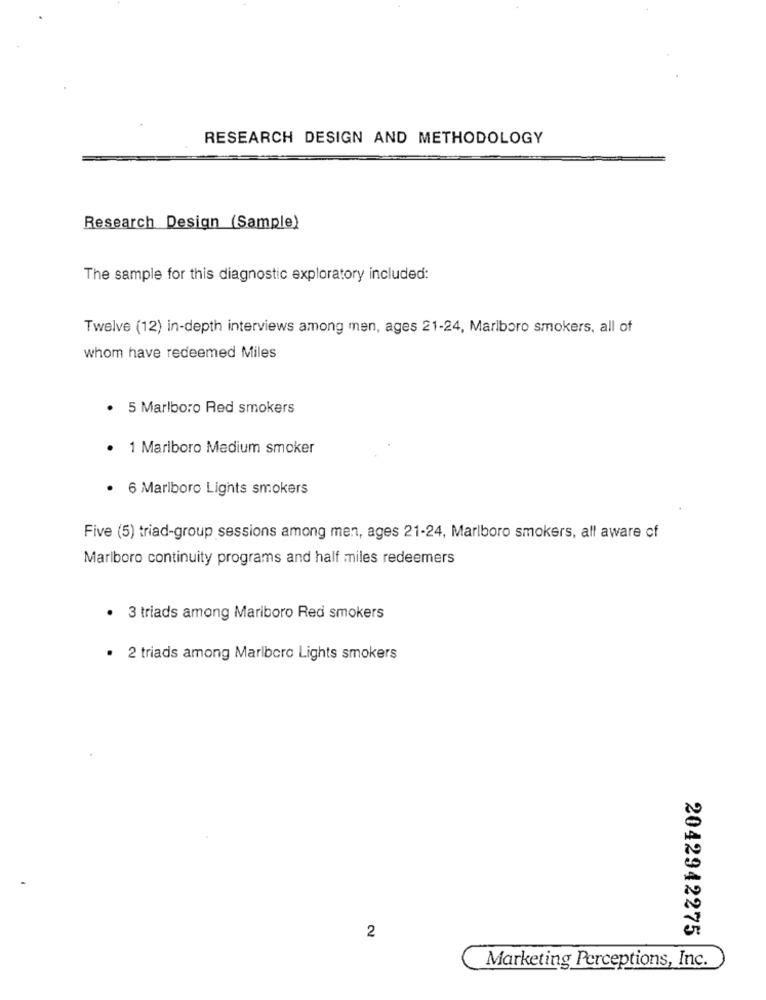
RESEARCH DESIGN AND METHODOLOGY
Research Design (Sample)
The sample for this diagnostic exploratory included:
Twelve (12) in-depth interviews among men, ages 21-24, Marlboro smokers, all of
whom have redeemed Miles
· 5 Marlboro Red smokers
· 1 Marlboro Medium smoker
· 6 Marlboro Lights smokers
Five (5) triad-group sessions among men, ages 21-24, Marlboro smokers, all aware of
Marlboro continuity programs and half miles redeemers
. 3 triads among Mariboro Red smokers
· 2 triads among Marlboro Lights smokers
2042942275
2
Marketing Perceptions, Inc.